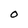
Character: O